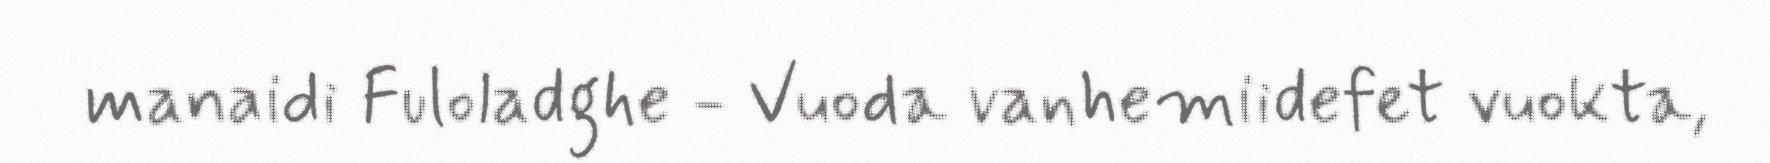
manaidi Fuloladghe - Vuoda vanhemiidefet vuokta,